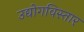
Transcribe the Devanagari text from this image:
उद्योगविस्तार